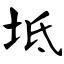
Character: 坻